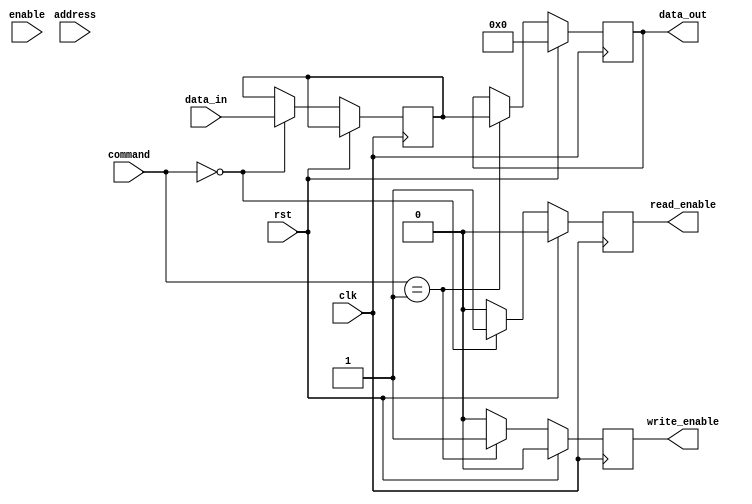
module ddr_sdram_controller(
    input wire clk,
    input wire rst,
    input wire enable,
    input wire [7:0] data_in,
    output wire [7:0] data_out,
    input wire [11:0] address,
    input wire [1:0] command,
    output wire read_enable,
    output wire write_enable
);

// Define internal signals
reg [7:0] data_reg;
reg [7:0] data_out_reg;
reg read_enable_reg;
reg write_enable_reg;

// Implement DDR SDRAM controller functionality
always @(posedge clk) begin
    if (rst) begin
        read_enable_reg <= 0;
        write_enable_reg <= 0;
        data_out_reg <= 8'b0;
    end else begin
        case (command)
            2'b00: begin // Read command
                read_enable_reg <= 1;
                write_enable_reg <= 0;
                data_reg <= data_in;
            end
            2'b01: begin // Write command
                read_enable_reg <= 0;
                write_enable_reg <= 1;
                data_out_reg <= data_reg;
            end
            default: begin
                read_enable_reg <= 0;
                write_enable_reg <= 0;
            end
        endcase
    end
end

// Assign outputs
assign data_out = data_out_reg;
assign read_enable = read_enable_reg;
assign write_enable = write_enable_reg;

endmodule